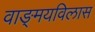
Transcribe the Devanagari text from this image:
वाङ्‌मयविलास